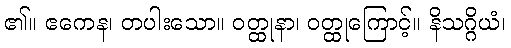
၏။ ဧကေန၊ တပါးသော။ ဝတ္ထုနာ၊ ဝတ္ထုကြောင့်။ နိသဂ္ဂိယံ၊